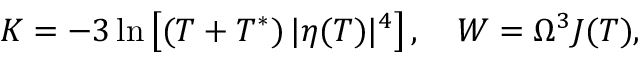
K = - 3 \ln \left[ ( T + T ^ { * } ) \, | \eta ( T ) | ^ { 4 } \right] , \quad W = \Omega ^ { 3 } J ( T ) ,